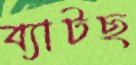
ব্যাটছ